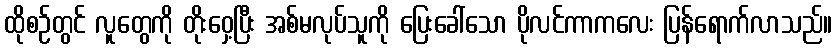
ထိုစဉ်တွင် လူတွေကို တိုးဝှေ့ပြီး အစ်မလုပ်သူကို ပြေးခေါ်သော ပိုလင်ကာကလေး ပြန်ရောက်လာသည်။